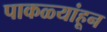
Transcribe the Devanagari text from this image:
पाकळ्यांहून